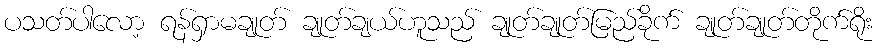
ပသတ်ပါလော့ ရန်ရှာမချုတ် ချုတ်ချယ်ဟူသည် ချုတ်ချုတ်မြည်ခိုက် ချုတ်ချုတ်တိုက်ရိုး